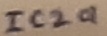
Text: IC2a